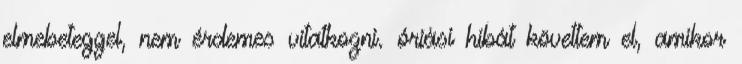
elmebeteggel, nem érdemes vitatkozni. óriási hibát követtem el, amikor